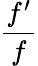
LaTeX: \frac{f^{\prime}}{f}